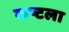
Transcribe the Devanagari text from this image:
कष्टला